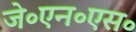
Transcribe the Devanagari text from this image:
जे॰एन॰एस॰